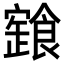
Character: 𩝩